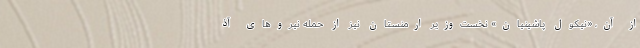
از آن، «نیکول پاشینیان» نخست‌وزیر ارمنستان نیز از حمله نیروهای آذ